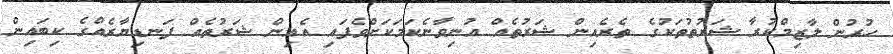
ހުރުން ލާޒިމްކުރާ ޝަރުތުތަކުގެ ތެރެއިން ޝަރުތެއް އުނިވާނެކަމަކަށްވެފައި އެއިން ޝަރުތެއް ފަނޑިޔާރެއްގެ ކިބައިން